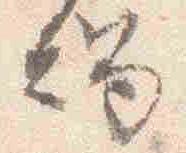
燭